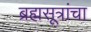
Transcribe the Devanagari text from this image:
ब्रह्मसूत्रांचा